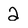
Character: 2